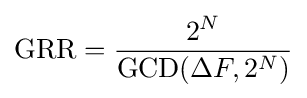
{\mbox{GRR}}={\frac {2^{N}}{{\mbox{GCD}}(\Delta F,2^{N})}}